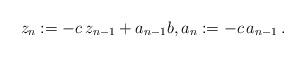
LaTeX: \begin{align*}z_n:= - {c}\, z_{n-1} + a_{n-1} b , a_n:= -c\, a_{n-1}\,.\end{align*}